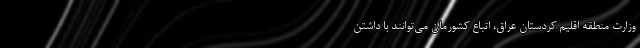
وزارت منطقه اقلیم کردستان عراق، اتباع کشورمان می‌توانند با داشتن